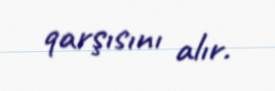
qarşısını alır.